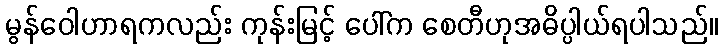
မွန်ဝေါဟာရကလည်း ကုန်းမြင့် ပေါ်က စေတီဟုအဓိပ္ပါယ်ရပါသည်။